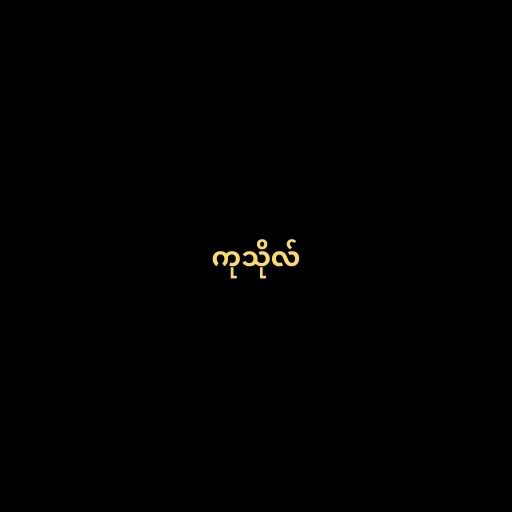
ကုသိုလ်